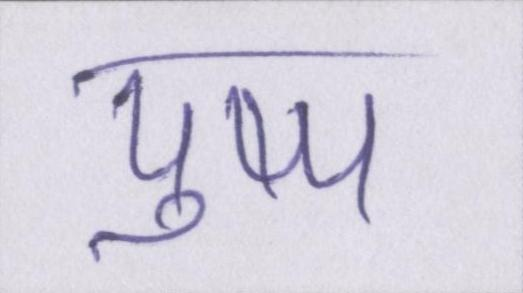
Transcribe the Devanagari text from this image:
पुष्प